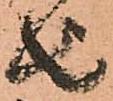
由